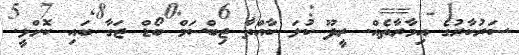
ސަރުކާރުގެ އިމާރާތެއް. ރީދޫ ކުލަ ކާއްތާ ޖިބްސަމް ބޯޑް ޖަގާ ބައި ކޮށްލީ.